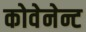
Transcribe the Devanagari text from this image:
कोवेनेन्ट